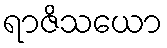
ရာဇိသယော